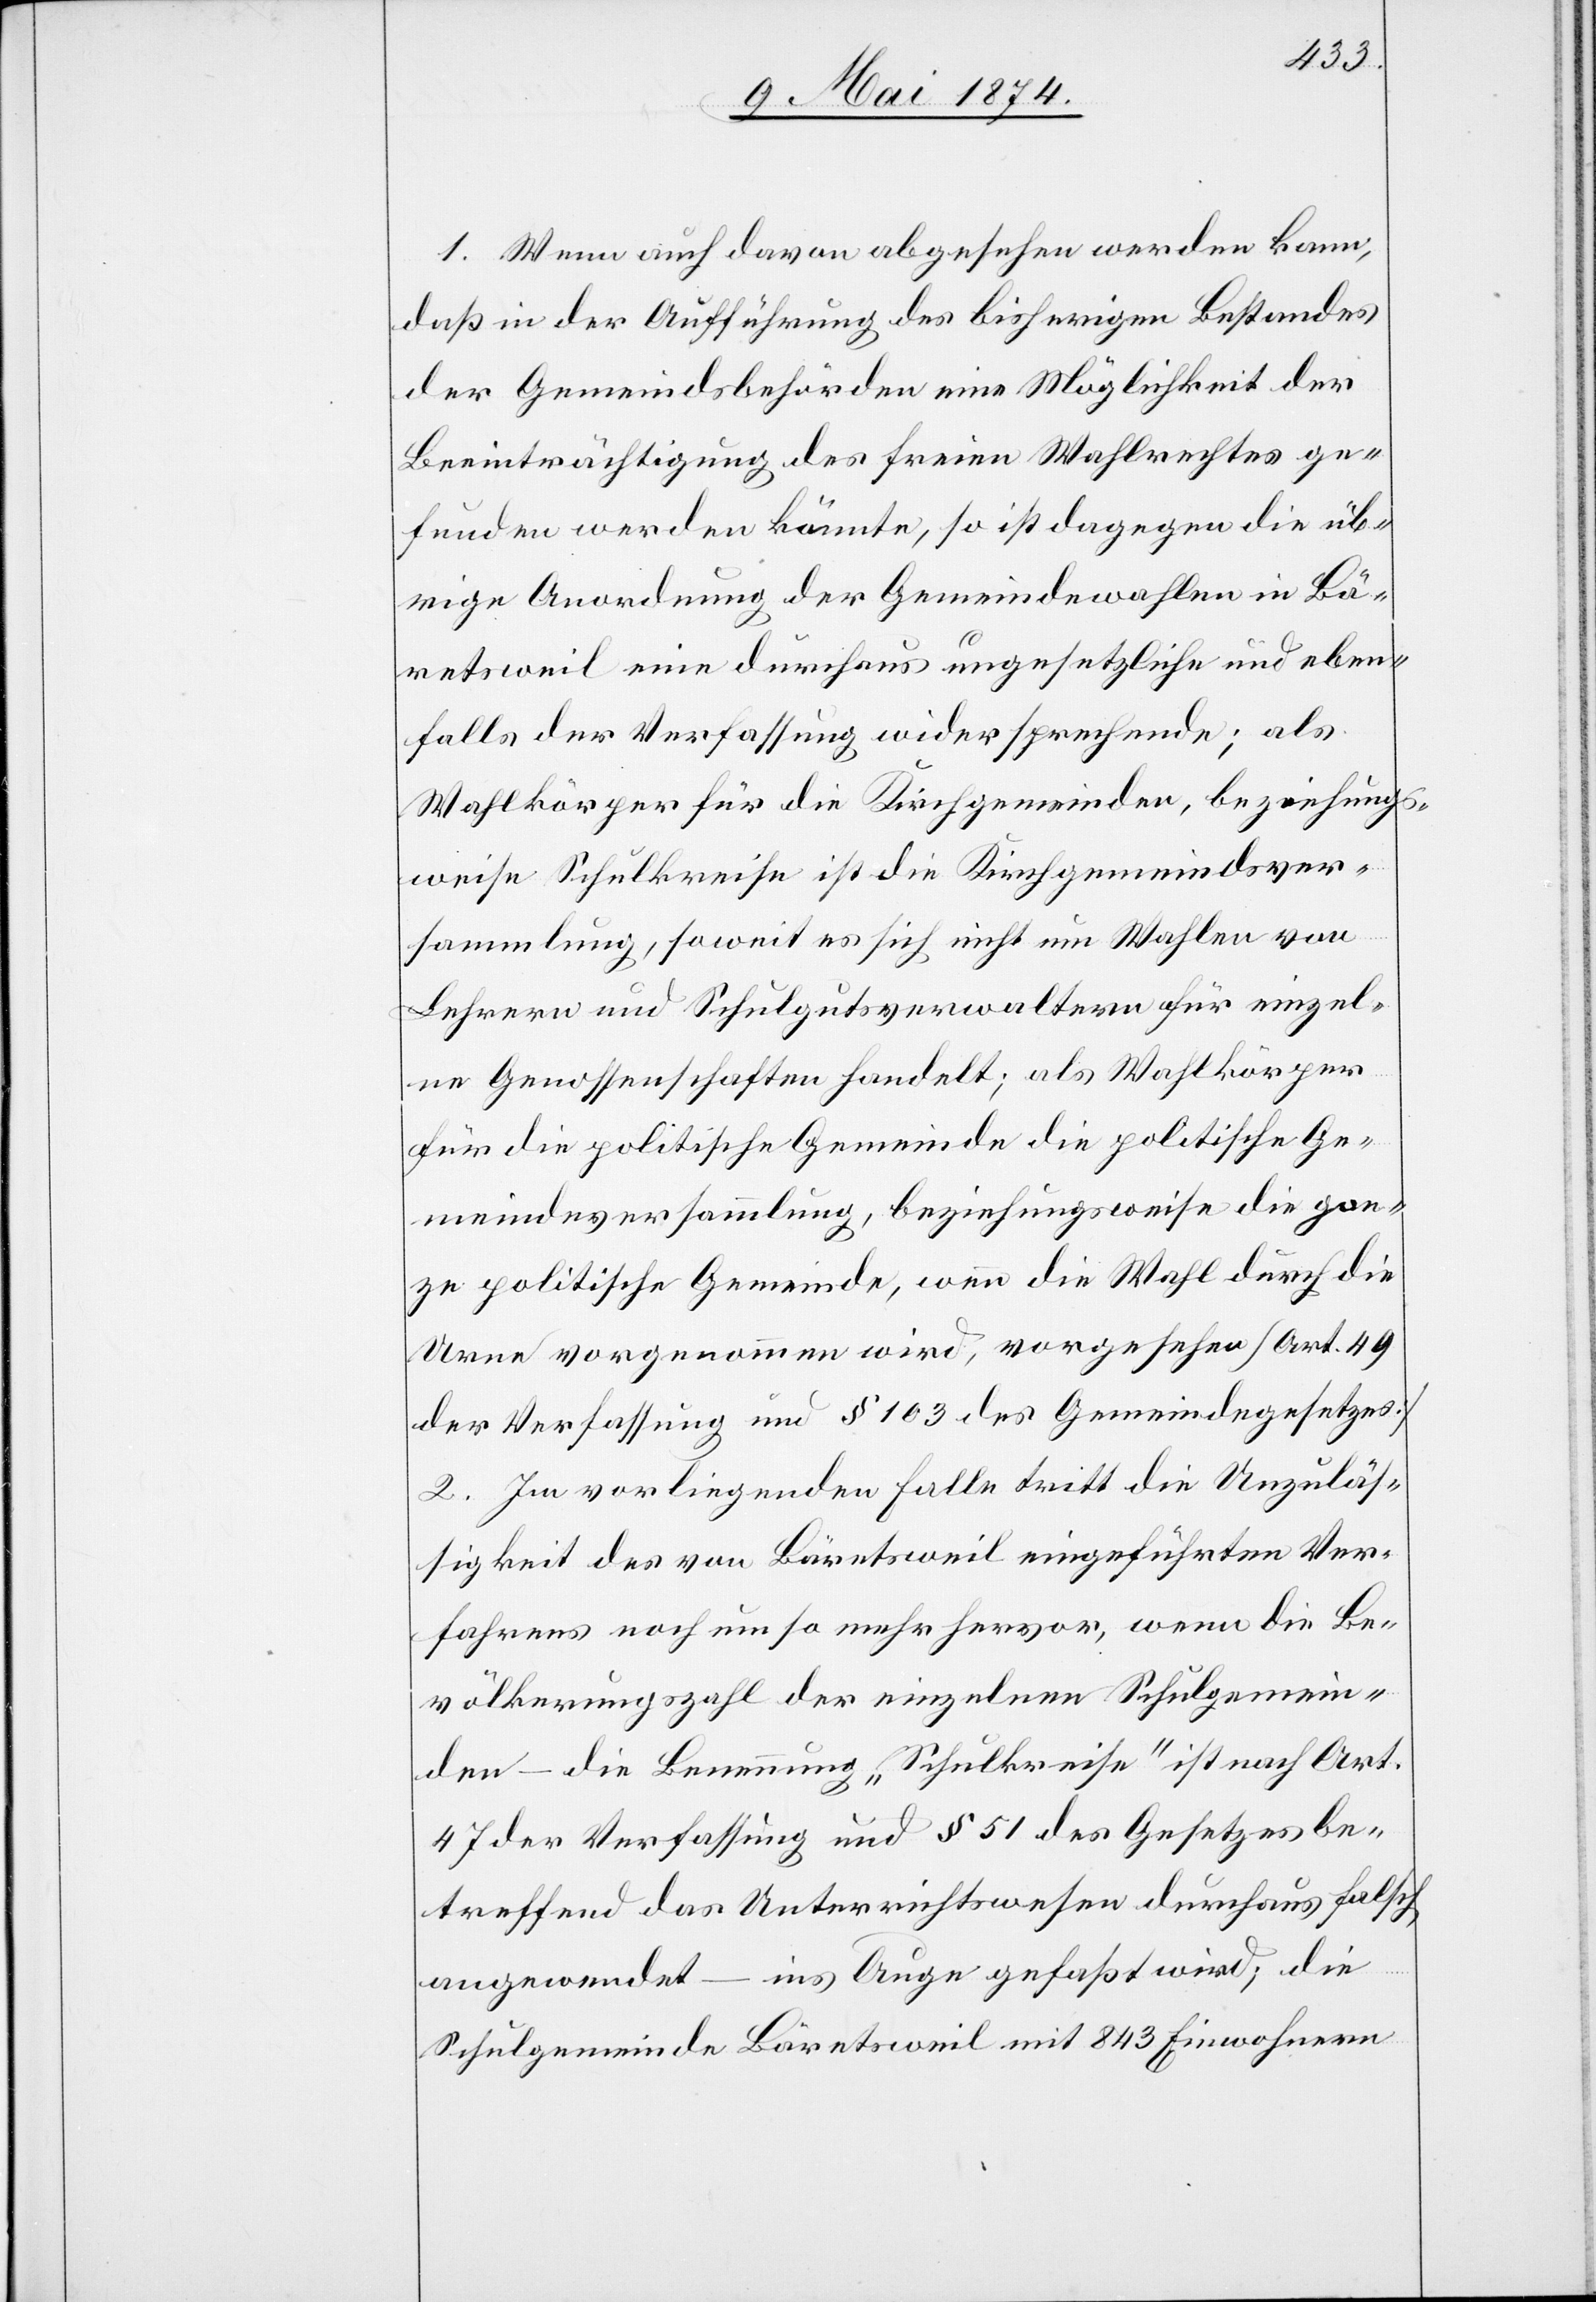
genommen
1. Wenn auch davon abgesehen werden kann,
daß in der Aufführung des bisherigen Bestandes
der Gemeindsbehörden eine Möglichkeit der
Beeinträchtigung des freien Wahlrechtes ge¬
funden werden könnte, so ist dagegen die üb¬
rige Anordnung der Gemeindewahlen in Bä¬
retsweil eine durchaus ungesetzliche und eben¬
falls der Verfassung widersprechende; als
Wahlkörper für die Kirchgemeinden, beziehungs¬
weise Schulkreise ist die Kirchgemeindsver¬
sammlung, soweit es sich nicht um Wahlen von
Lehrern und Schulgutsverwaltern für einzel¬
ne Genossenschaften handelt; als Wahlkörper
für die politische Gemeinde die politische Ge¬
meindsversammlung, wenn die Wahl durch die Urne vor¬
der Verfassung und § 163 des Gemeindegesetzes]
2. Im vorliegenden Falle tritt die Unzuläs¬
sigkeit des von Bäretsweil eingeführten Ver¬
fahrens noch um so mehr hervor, wenn die Be¬
völkerungszahl der einzelnen Schulgemein¬
den – die Benennung „Schulkreise“ ist nach Art.
47 der Verfassung und § 51 des Gesetzes be¬
treffend das Unterrichtswesen durchaus falsch
angeordnet – ins Auge gefaßt wird; die
Schulgemeinde Bäretsweil mit 843 Einwohnern